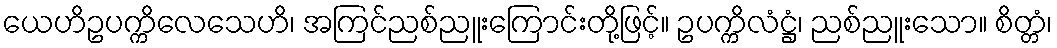
ယေဟိဥပက္ကိလေသေဟိ၊ အကြင်ညစ်ညူးကြောင်းတို့ဖြင့်။ ဥပက္ကိလံဋ္ဌံ၊ ညစ်ညူးသော။ စိတ္တံ၊